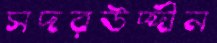
সদরউদ্দীন